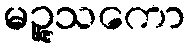
မဉ္ဇူသကော